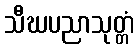
သီဃပညာသုတ္တံ